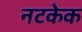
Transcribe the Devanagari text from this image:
नटकेक